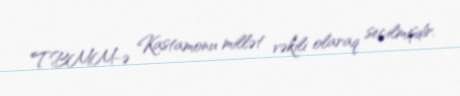
TBMM-ə Kastamonu millət vəkili olaraq seçilmişdir.